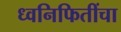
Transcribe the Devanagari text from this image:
ध्वनिफितींचा